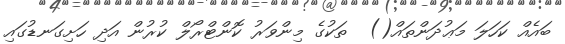
ބައެއް ކަހަލަ މަޢުދަންތައް()  ތަކުގެ މިންވަރު ކޮންޓްރޯލް ކުރުން އަދި ހަށިގަނޑުގައި